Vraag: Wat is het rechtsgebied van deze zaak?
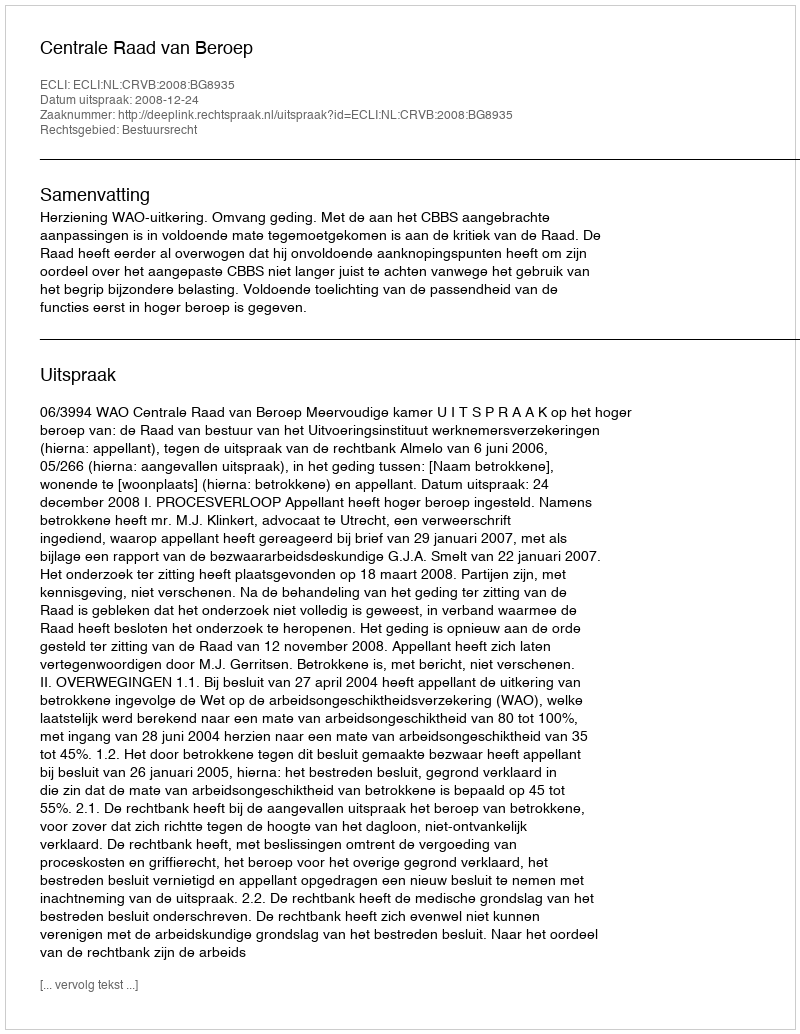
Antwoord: Bestuursrecht